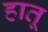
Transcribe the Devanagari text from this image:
हातू